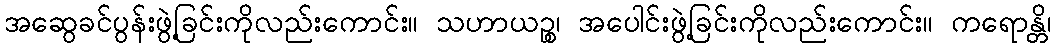
အဆွေခင်ပွန်းဖွဲ့ခြင်းကိုလည်းကောင်း။ သဟာယဉ္စ၊ အပေါင်းဖွဲ့ခြင်းကိုလည်းကောင်း။ ကရောန္တိ၊